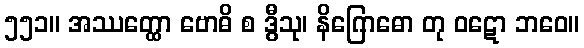
၅၅၁။ အဿတ္ထော ဗောဓိ စ ဒွီသု၊ နိဂြောဓော တု ဝဋော ဘဝေ။